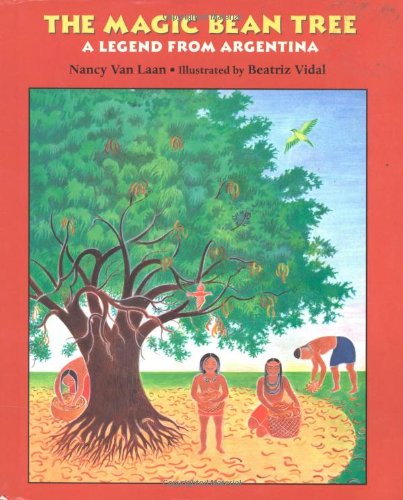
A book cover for The Magic Bean Tree: A Legend from Argentina; Nancy Van Laan; Children's Books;